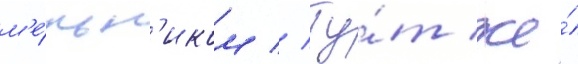
м'е́льн'иком // Ту́т же́